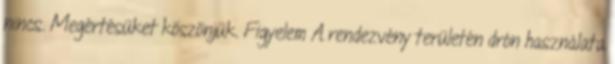
nincs. Megértésüket köszönjük. Figyelem A rendezvény területén drón használata